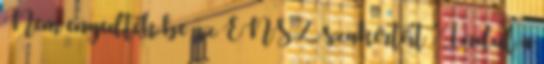
Nem engedték be az ENSZ szakértőit . Indul a